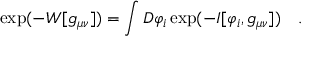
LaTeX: \exp ( - W [ g _ { \mu \nu } ] ) = \int { \cal D } \varphi _ { i } \exp ( - I [ \varphi _ { i } , g _ { \mu \nu } ] ) ~ ~ ~ .